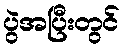
ပွဲအပြီးတွင်